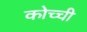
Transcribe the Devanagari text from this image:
कोच्‍ची